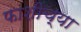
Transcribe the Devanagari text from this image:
फाशीच्या